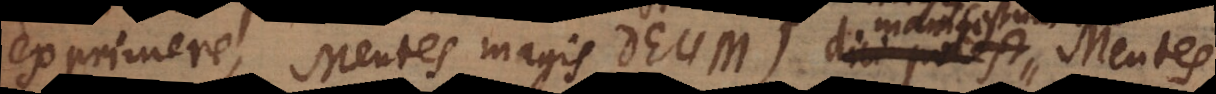
exprimere, Mentes magis Deum) manifestum est Mentes